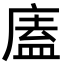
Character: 廅